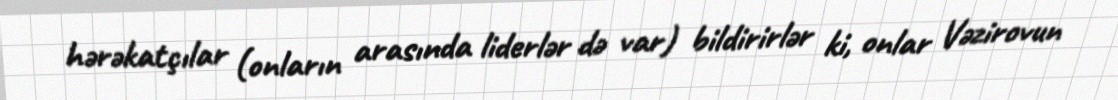
hərəkatçılar (onların arasında liderlər də var) bildirirlər ki, onlar Vəzirovun